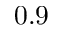
0 . 9